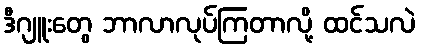
ဒီဂျူးတွေ ဘာလာလုပ်ကြတာလို့ ထင်သလဲ